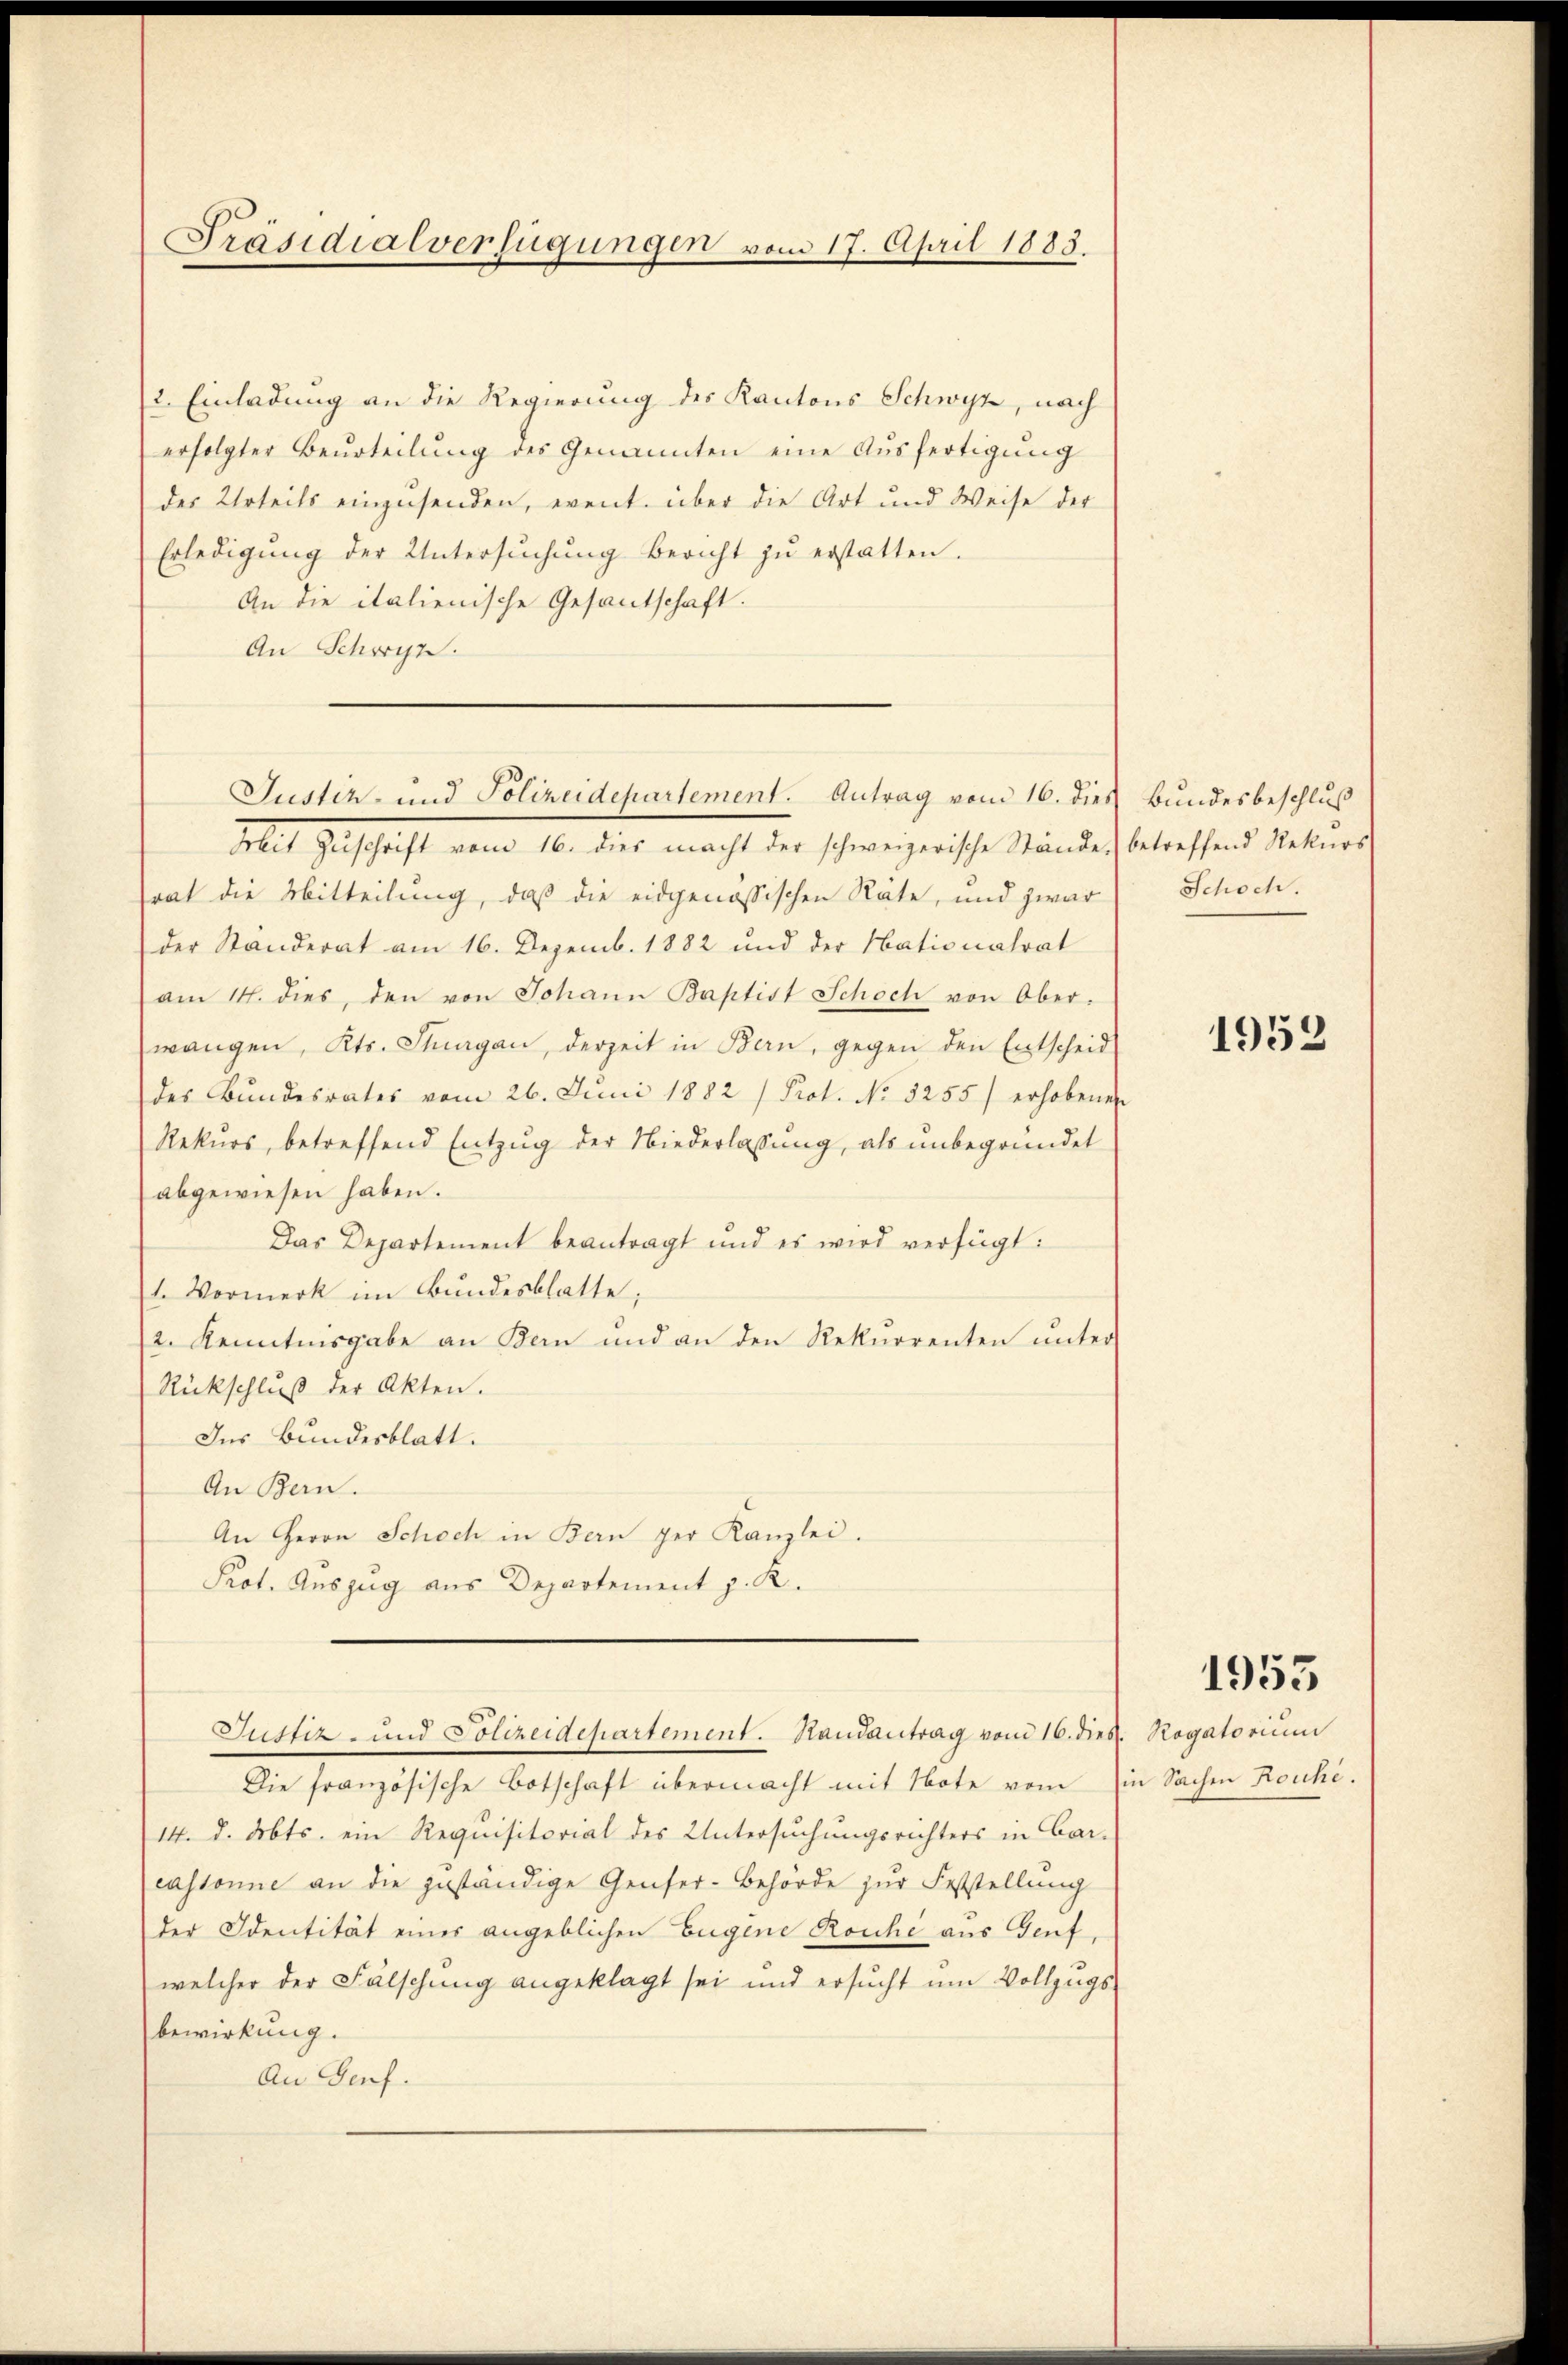
Präsidialverfügungen vom 17. April 1883.

2. Einladung an die Regierung des Kantons Schwyz, nach
erfolgter Beurteilŭng des Genannten eine Aŭsfertigŭng
des Urteils einzusenden, event über die Art und Weise der
Erledigŭng der Untersŭchŭng bericht zŭ erstatten.
An die italienische Gesantschaft.
An Schwyz.
Mit Zŭschrift vom 16. dies macht der schweizerische Stände betreffend Rekurs
rat die Mitteilung, daß die eidgenössischen Rate, und zwar Schoch.
der Ständerat am 16. Dezemb. 1882 und der Nationalrat
am 14. dies, den von Johann Baptist Schoch von Ober-
wangen, Kts. Stuagan, derzeit in Bern, gegen den Entscheid
des Bŭndesrates vom 26. Juni 1882 /Prot. No. 3255) erhobene
Rekŭrs, betreffend Entzŭg der Niederlassŭng, als ŭnbegründet
abgewiesen haben.
Das Departement beantragt und es wird verfügt:
1. Vormerk im Bundesblatte;
2. Kenntnisgabe an Bern und an den Rekurrenten ŭnter
Rückschluß der Akten.
Des Bundesblatt.
An Bern.
An Herrn Schoch in Bern per Kanzlei.
Prot. Auszug aus Departement z. R.
Justiz- und Polizeidepartement. Randantrag vom 16. dies
Die französische Botschaft übermacht mit Note vom Ein Sachen Rouhi.
14. d. Mts. ein Requisitorial des Untersuchungsrichters in Bar-
cassonne an die zuständige Genfer-Behörde zur Feststellung
der Identität einer angeblichen Eugene Rouche aus Genf,
welcher der Fälschung angeklagt sei und ersŭcht ŭm Vollzugs-
bewirkung.
An Genf.

Justiz- und Polizeidepartement. Antrag vom 16. dies Bundesbeschluß

be

1953

1953

Rogatorium